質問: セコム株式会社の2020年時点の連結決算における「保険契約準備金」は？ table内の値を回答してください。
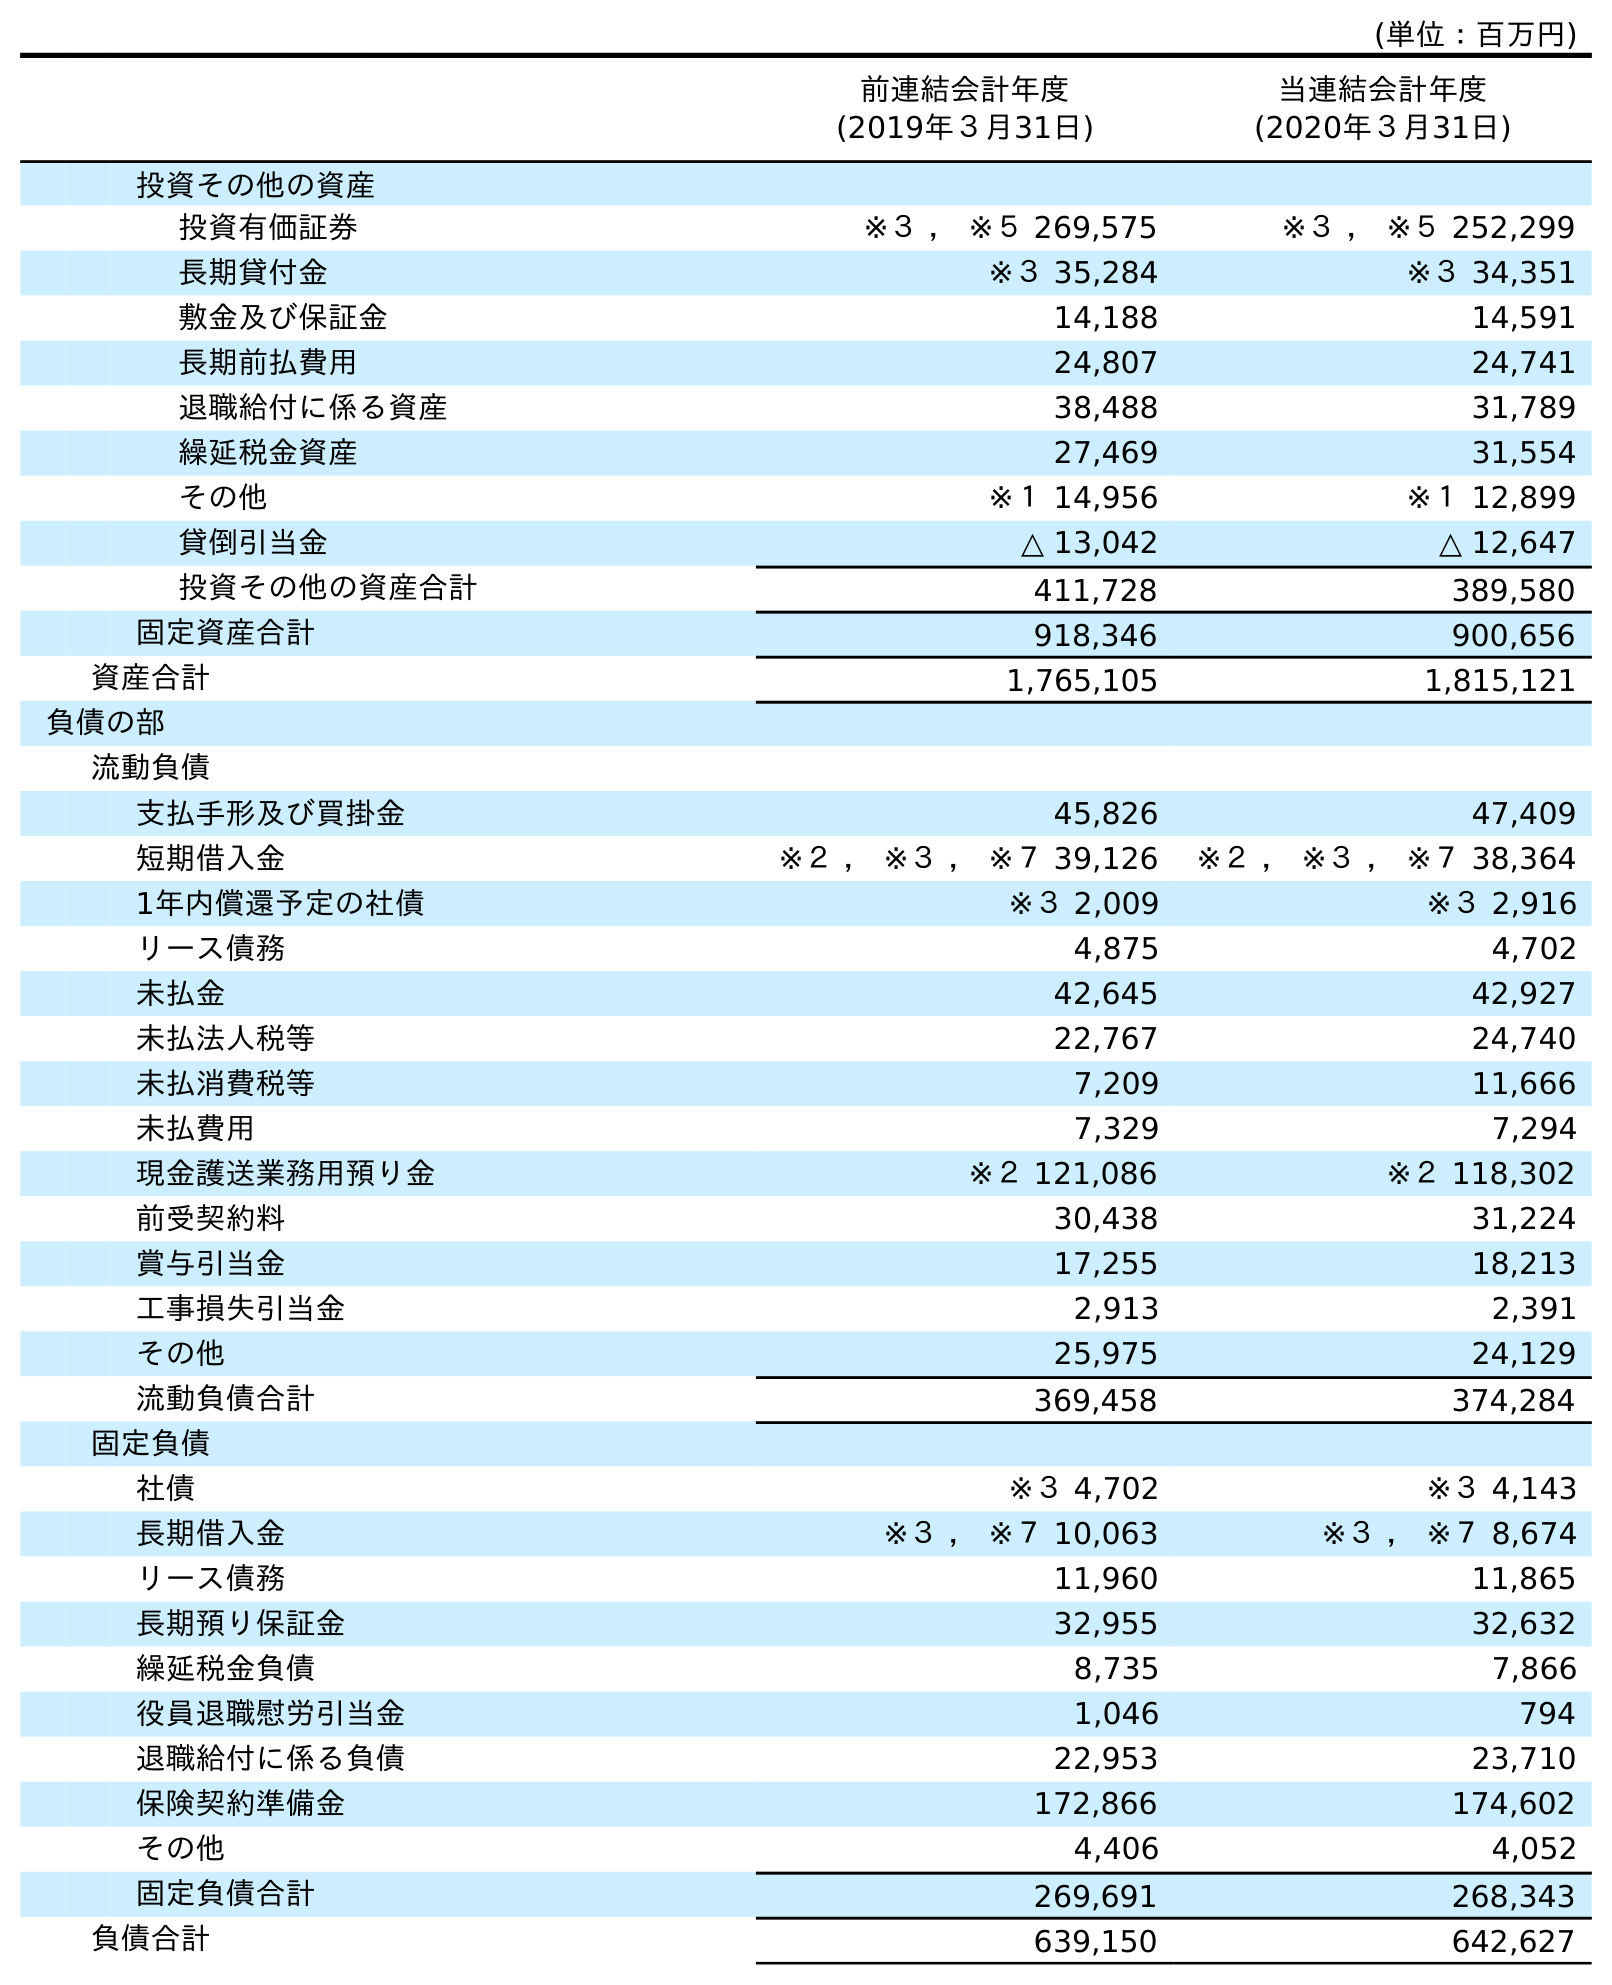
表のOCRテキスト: (単位：百万円) 前連結会計年度 (2019年３月31日) 当連結会計年度 (2020年３月31日) 投資その他の資産 投資有価証券 ※３ ， ※５ 269,575 ※３ ， ※５ 252,299 長期貸付金 ※３ 35,284 ※３ 34,351 敷金及び保証金 14,188 14,591 長期前払費用 24,807 24,741 退職給付に係る資産 38,488 31,789 繰延税金資産 27,469 31,554 その他 ※１ 14,956 ※１ 12,899 貸倒引当金 △ 13,042 △ 12,647 投資その他の資産合計 411,728 389,580 固定資産合計 918,346 900,656 資産合計 1,765,105 1,815,121 負債の部 流動負債 支払手形及び買掛金 45,826 47,409 短期借入金 ※２ ， ※３ ， ※７ 39,126 ※２ ， ※３ ， ※７ 38,364 1年内償還予定の社債 ※３ 2,009 ※３ 2,916 リース債務 4,875 4,702 未払金 42,645 42,927 未払法人税等 22,767 24,740 未払消費税等 7,209 11,666 未払費用 7,329 7,294 現金護送業務用預り金 ※２ 121,086 ※２ 118,302 前受契約料 30,438 31,224 賞与引当金 17,255 18,213 工事損失引当金 2,913 2,391 その他 25,975 24,129 流動負債合計 369,458 374,284 固定負債 社債 ※３ 4,702 ※３ 4,143 長期借入金 ※３ ， ※７ 10,063 ※３ ， ※７ 8,674 リース債務 11,960 11,865 長期預り保証金 32,955 32,632 繰延税金負債 8,735 7,866 役員退職慰労引当金 1,046 794 退職給付に係る負債 22,953 23,710 保険契約準備金 172,866 174,602 その他 4,406 4,052 固定負債合計 269,691 268,343 負債合計 639,150 642,627
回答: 174,602